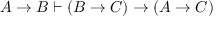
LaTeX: A \to B \vdash ( B \to C ) \to ( A \to C )